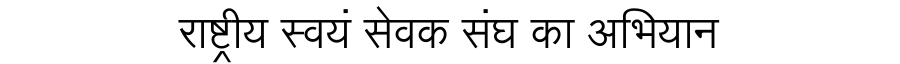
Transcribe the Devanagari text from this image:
राष्ट्रीय स्वयं सेवक संघ का अभियान